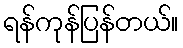
ရန်ကုန်ပြန်တယ်။